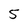
Character: 5